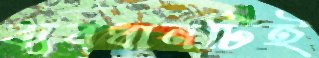
ব্যবধানটিই